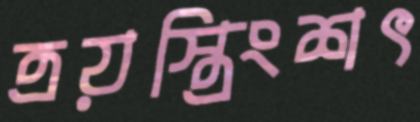
ত্রয়স্ত্রিংশৎ